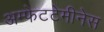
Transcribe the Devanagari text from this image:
अम्फेटटेमीनेस